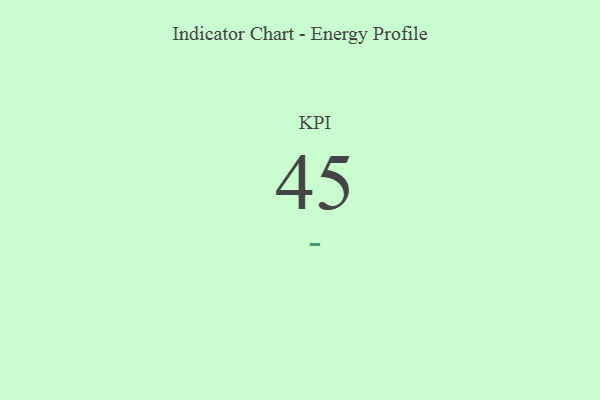
{"axis": {"x": "KPI", "y": "Value"}, "legend": [""], "data": [{"x": "KPI", "y": 45, "type": ""}]}